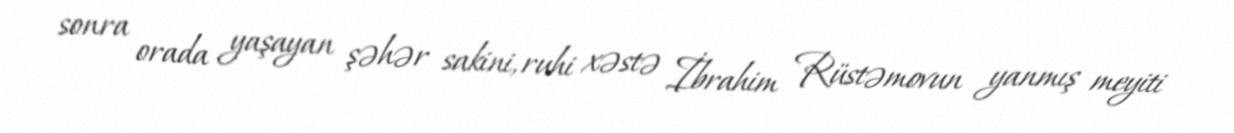
sonra orada yaşayan şəhər sakini, ruhi xəstə İbrahim Rüstəmovun yanmış meyiti